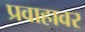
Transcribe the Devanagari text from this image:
प्रवाहावर